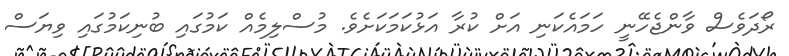
ރޯދަވެސް ވާންޖެހޭނީ ހަމައެކަނި އަށް ކުރާ އަޅުކަމަކަށެވެ. މުސްލިމެއް ކަމުގައި ބުނިކަމުގައި ވިޔަސް